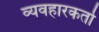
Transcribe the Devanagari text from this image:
व्यवहारकर्ता